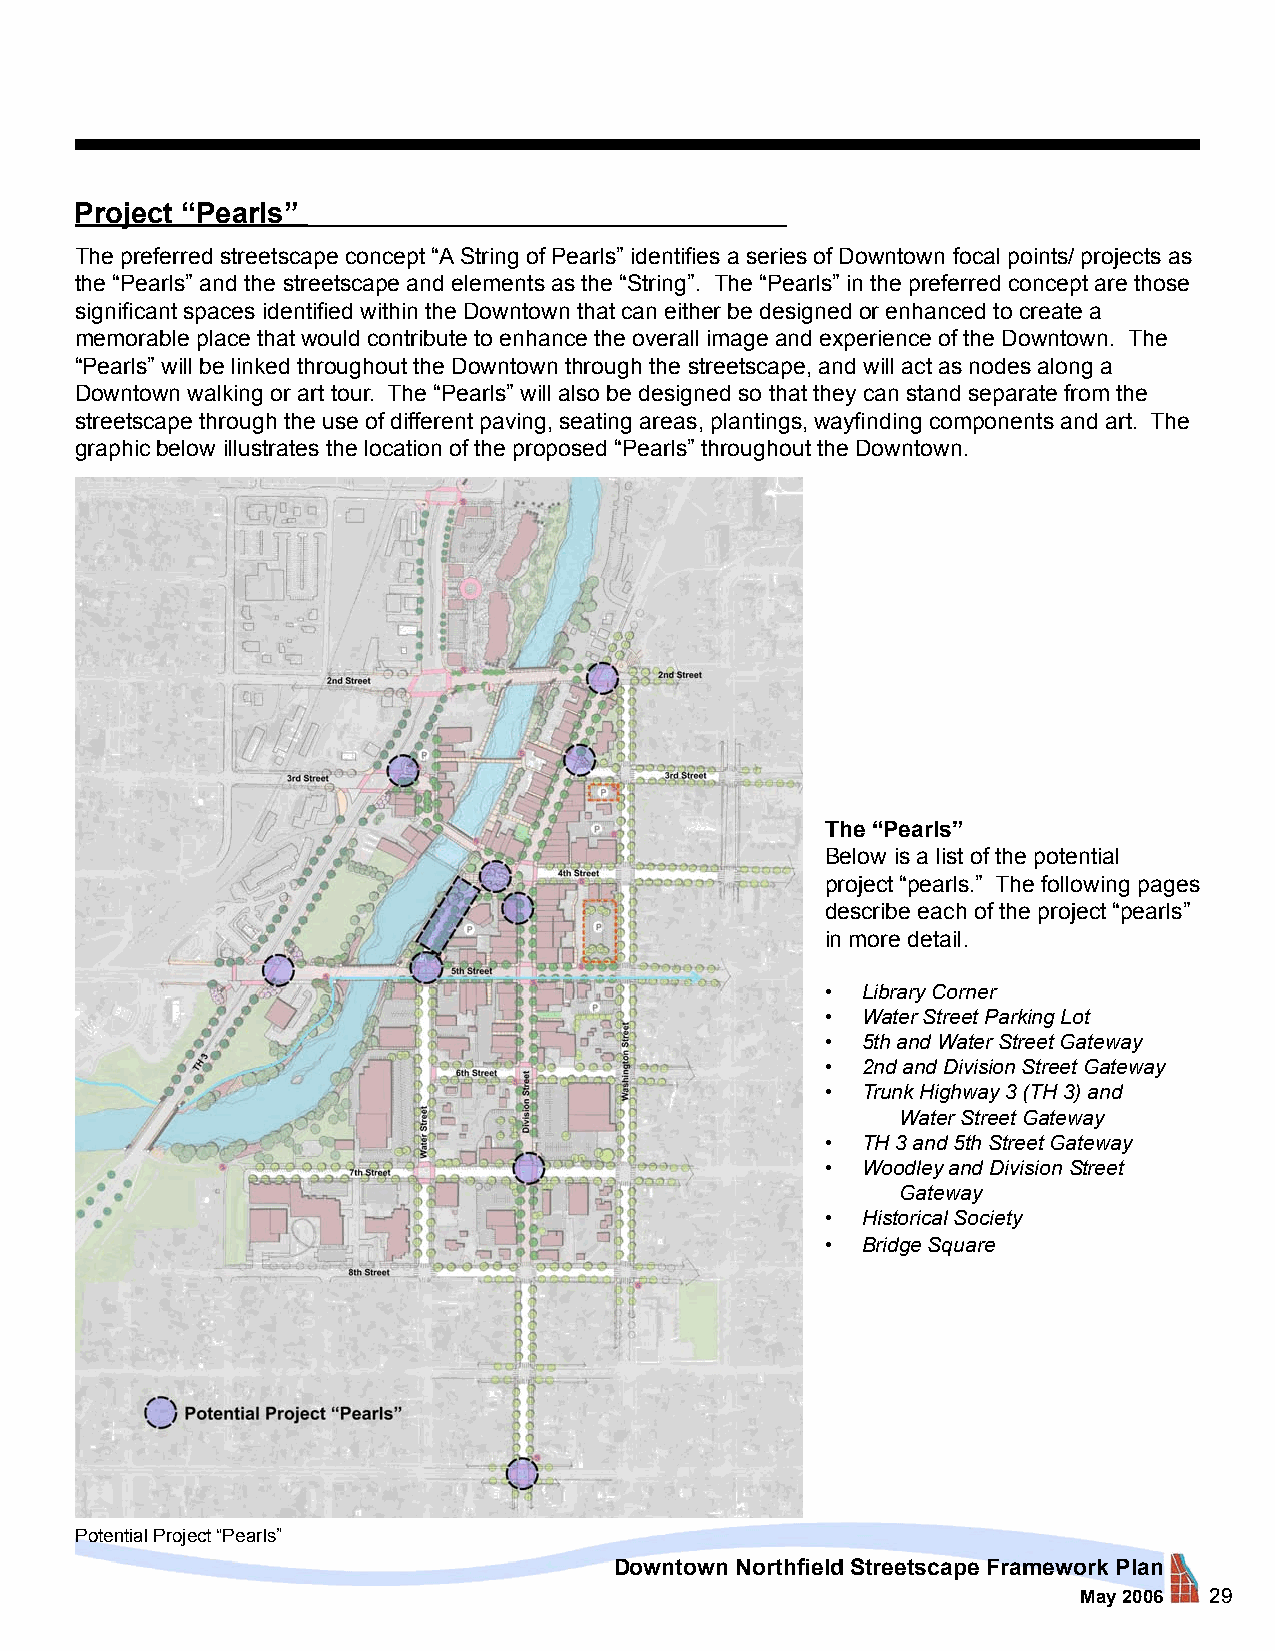
Project “Pearls”
 The preferred streetscape concept “A String of Pearls” identifies a series of Downtown focal points/ projects as
 the “Pearls” and the streetscape and elements as the “String”. The “Pearls” in the preferred concept are those
 significant spaces identified within the Downtown that can either be designed or enhanced to create a
 memorable place that would contribute to enhance the overall image and experience of the Downtown. The
 “Pearls” will be linked throughout the Downtown through the streetscape, and will act as nodes along a
 Downtown walking or art tour. The “Pearls” will also be designed so that they can stand separate from the
 streetscape through the use of different paving, seating areas, plantings, wayfinding components and art. The
 graphic below illustrates the location of the proposed “Pearls” throughout the Downtown.
 The “Pearls”
 Below is a list of the potential
 project “pearls.” The following pages
 describe each of the project “pearls”
 in more detail.
 • Library Corner
 • Water Street Parking Lot
 • 5th and Water Street Gateway
 • 2nd and Division Street Gateway
 • Trunk Highway 3 (TH 3) and
 Water Street Gateway
 • TH 3 and 5th Street Gateway
 • Woodley and Division Street
 Gateway
 • Historical Society
 • Bridge Square
 Potential Project “Pearls”
 Downtown Northfield Streetscape Framework Plan
 May 2006 29